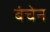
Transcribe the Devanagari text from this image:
बंचेन